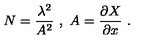
N = \frac { \lambda ^ { 2 } } { A ^ { 2 } } \ , \ A = \frac { \partial X } { \partial x } \ .